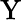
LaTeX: \mathrm{Y}